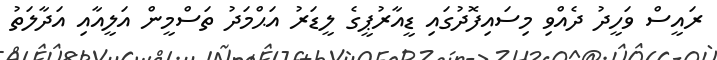
ރައީސް ވަހީދު ދެއްވި މިސައިފޮދުގައި ޑީއާރުޕީގެ ލީޑަރު އަޙްމަދު ތަސްމީން އަލީއާއި އަދާލަތު